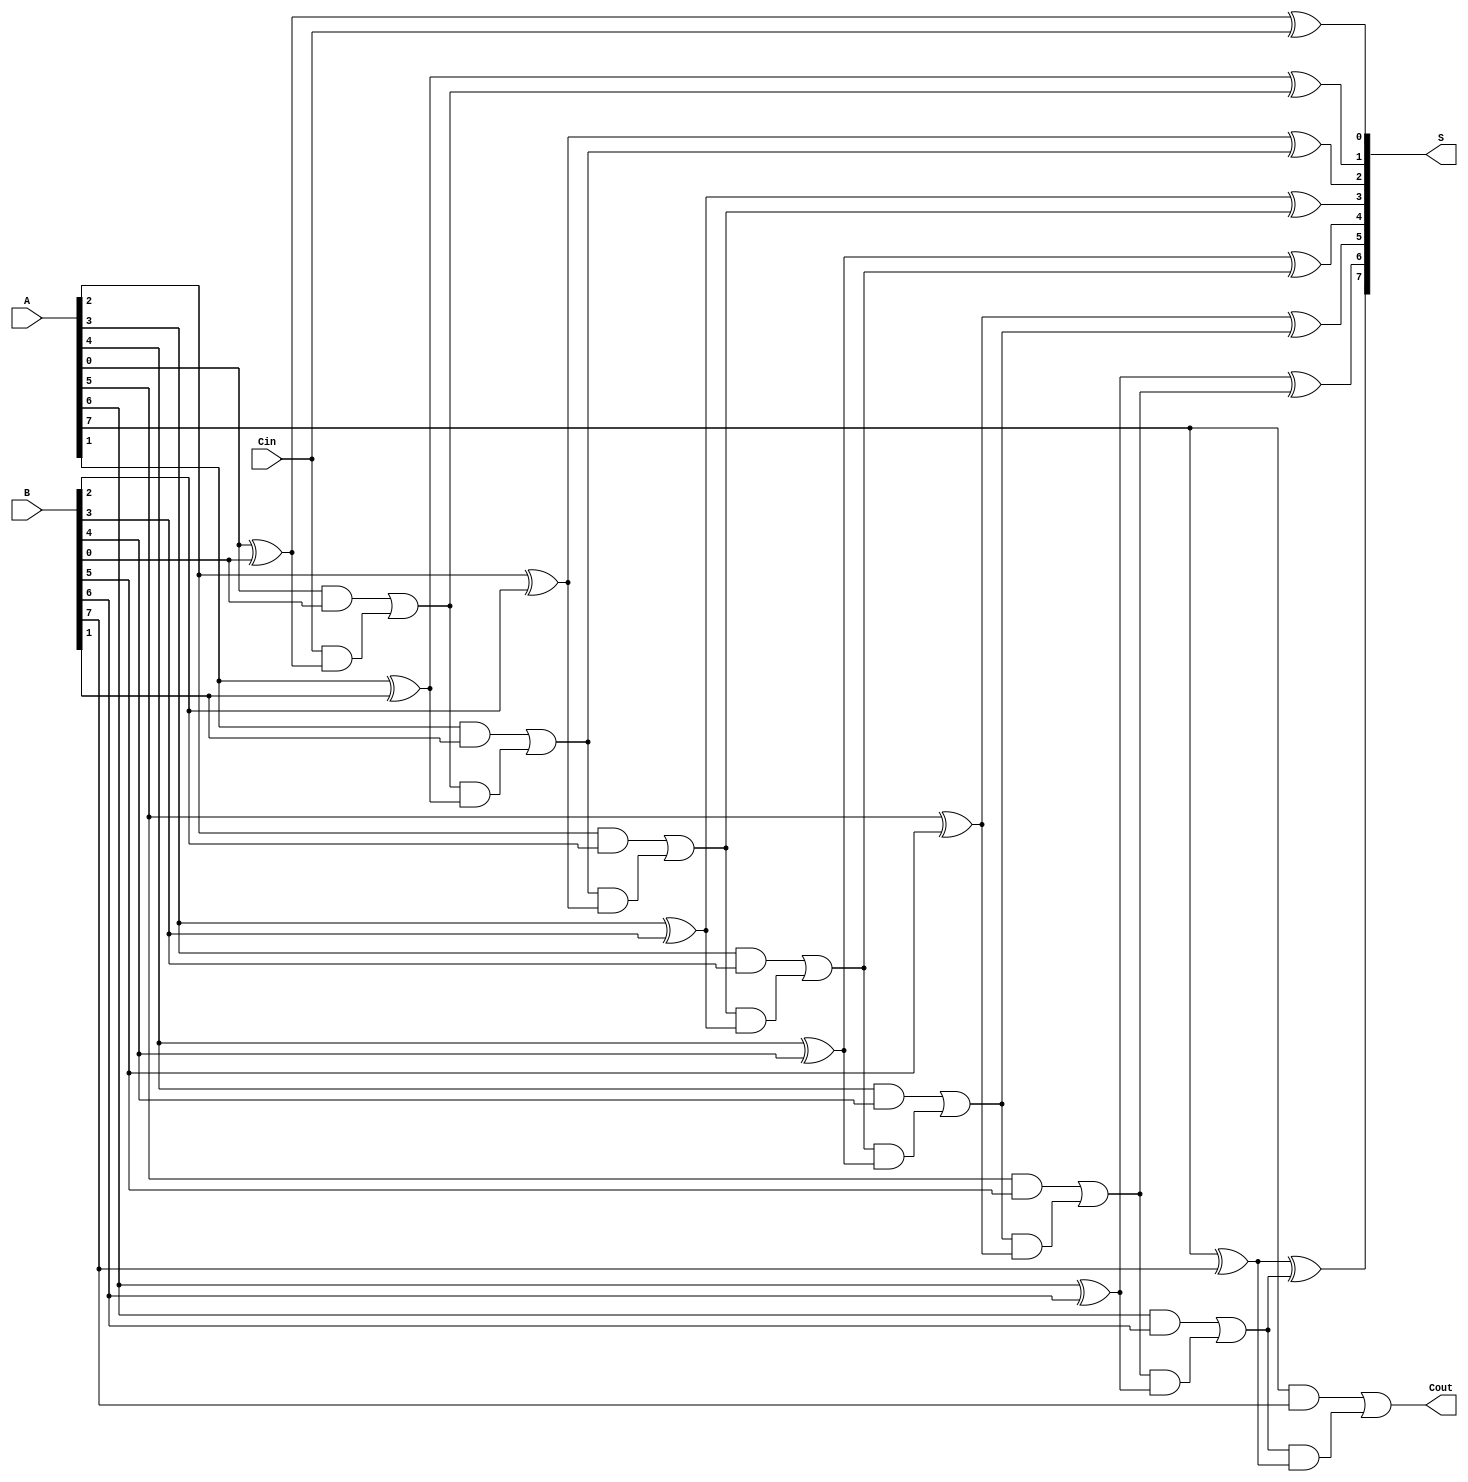
module manchester_carry_chain_adder #(
    parameter WIDTH = 8 // Bit-width of the adder
)(
    input  wire [WIDTH-1:0] A,    // First binary number
    input  wire [WIDTH-1:0] B,    // Second binary number
    input  wire Cin,               // Carry-in
    output wire [WIDTH-1:0] S,     // Sum output
    output wire Cout               // Carry-out
);

    wire [WIDTH:0] carry; // Carry signals, one extra for the final carry-out

    // Initial carry-in
    assign carry[0] = Cin;

    genvar i;
    generate
        for (i = 0; i < WIDTH; i = i + 1) begin : adder_stage
            // Sum calculation using XOR
            assign S[i] = A[i] ^ B[i] ^ carry[i];

            // Carry generation using AND and OR gates
            assign carry[i + 1] = (A[i] & B[i]) | (carry[i] & (A[i] ^ B[i]));
        end
    endgenerate

    // Final carry-out
    assign Cout = carry[WIDTH];

endmodule